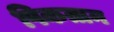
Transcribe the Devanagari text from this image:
पिकतान